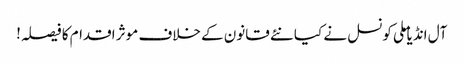
آل انڈیا ملی کونسل نے کیا نئے قانون کے خلاف موثر اقدام کا فیصلہ!